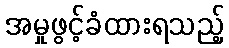
အမှုဖွင့်ခံထားရသည့်